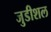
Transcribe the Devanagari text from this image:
जुडीशल